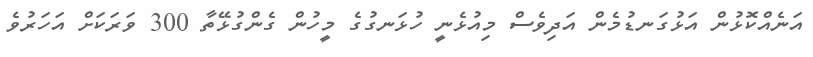
އަނެއްކޮޅުން އަޅުގަނޑުމެން އަދިވެސް މިއުޅެނީ ހުޅަނގުގެ މީހުން ގެންގުޅޭތާ 300 ވަރަކަށް އަހަރުވެ